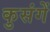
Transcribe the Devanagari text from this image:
कुसंगें